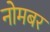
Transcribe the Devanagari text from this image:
नोमबर